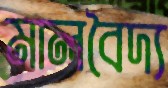
মালবৈদ্য